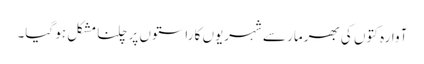
آوارہ کتوں کی بھرمار سے شہریوں کا راستوں پر چلنا مشکل ہو گیا۔